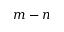
m - n